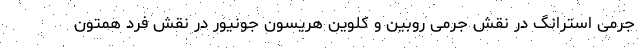
جرمی استرانگ در نقش جرمی روبین و کلوین هریسون جونیور در نقش فرد همتون